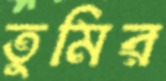
তুমির